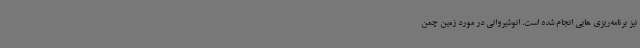
نیز برنامه‌ریزی‌ هایی انجام شده است. انوشیروانی در مورد زمین چمن